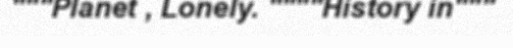
"""Planet , Lonely. """"History in"""